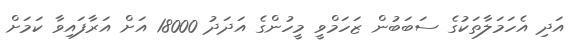
އަދި އެހަމަލާތަކުގެ ސަބަބުން ޒަހަމްވީ މީހުންގެ އަދަދު 18000 އަށް އަރާފައިވާ ކަމަށް